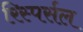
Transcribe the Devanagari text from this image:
रिस्पर्सल